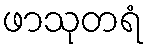
ဖာသုတရံ